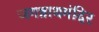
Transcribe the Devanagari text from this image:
जगन्नाथमंदिर